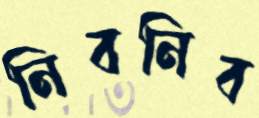
নিবনিব